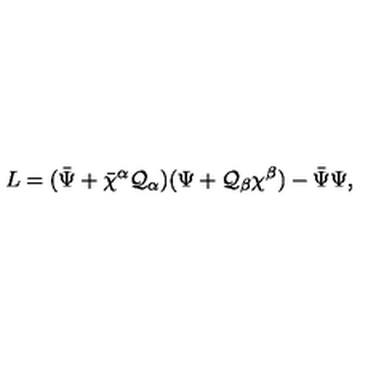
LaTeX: L = ( { \bar { \Psi } } + { \bar { \chi } } { } ^ { \alpha } { \cal Q } _ { \alpha } ) ( \Psi + { \cal Q } _ { \beta } \chi ^ { \beta } ) - { \bar { \Psi } } \Psi ,